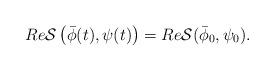
LaTeX: \begin{align*}\left.\begin{array}{ll}\displaystyle Re\mathcal{S}\left(\bar{\phi}(t),\psi(t)\right)=Re\mathcal{S}(\bar{\phi}_0,\psi_0).\end{array}\right.\end{align*}